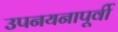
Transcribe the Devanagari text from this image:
उपनयनापूर्वी